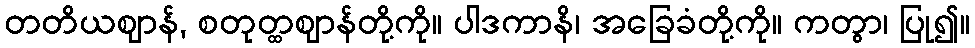
တတိယဈာန်, စတုတ္ထဈာန်တို့ကို။ ပါဒကာနိ၊ အခြေခံတို့ကို။ ကတွာ၊ ပြု၍။